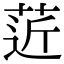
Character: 菦